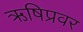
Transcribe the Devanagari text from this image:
ऋषिप्रवर